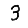
Digit: 3